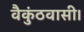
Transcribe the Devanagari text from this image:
वैकुंठवासी।